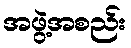
အဖွဲ့အစည်း